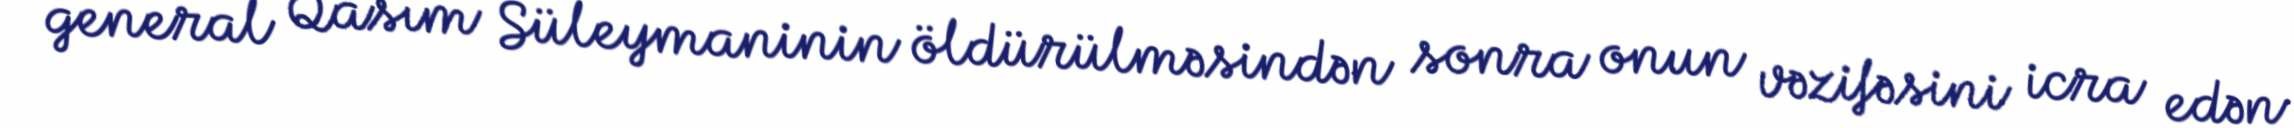
general Qasım Süleymaninin öldürülməsindən sonra onun vəzifəsini icra edən